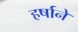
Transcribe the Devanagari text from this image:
हर्षाने